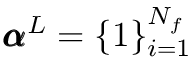
\pmb { \alpha } ^ { L } = \{ 1 \} _ { i = 1 } ^ { N _ { f } }